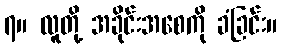
၇။ လူတို့ အခိုင်းအစေကို ခံခြင်း။